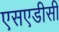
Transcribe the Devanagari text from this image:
एसएडीसी